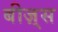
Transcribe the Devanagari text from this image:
बीज़्स